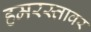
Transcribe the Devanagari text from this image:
हमरस्तावर